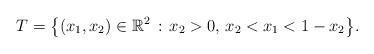
LaTeX: \begin{align*}T = \big\{(x_1,x_2) \in \mathbb R^2\,:\, x_2 > 0,\, x_2 < x_1<1-x_2\big\}.\end{align*}